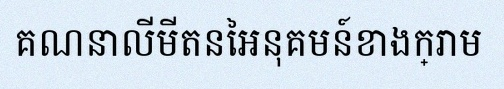
គណនាលីមីតនៃអនុគមន៍ខាងក្រោម